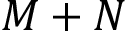
M + N